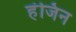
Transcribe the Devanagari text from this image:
हंजिन